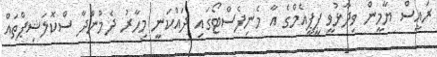
ރައީސް ޔާމީން ވިދާޅުވީ ޕީޕީއެމްގެ އާ މެނިފެސްޓޯގައި ދައްކަނީ މިހާާރު ދެމުންދާ ސްކޮލަޝިޕްތައް